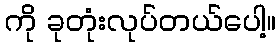
ကို ခုတုံးလုပ်တယ်ပေါ့။